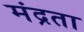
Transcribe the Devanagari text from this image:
मंद्रता